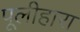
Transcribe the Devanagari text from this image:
पूलीहारा